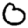
Digit: 0